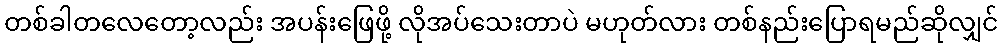
တစ်ခါတလေတော့လည်း အပန်းဖြေဖို့ လိုအပ်သေးတာပဲ မဟုတ်လား တစ်နည်းပြောရမည်ဆိုလျှင်